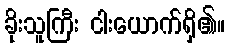
ခိုးသူကြီး ငါးယောက်ရှိ၏။